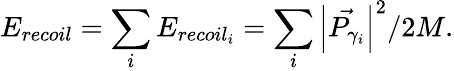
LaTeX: E_{recoil}=\sum_{i}E_{recoil_{i}}=\sum_{i}\left|\vec{P_{\gamma_{i}}}\right|^{2}/2M.